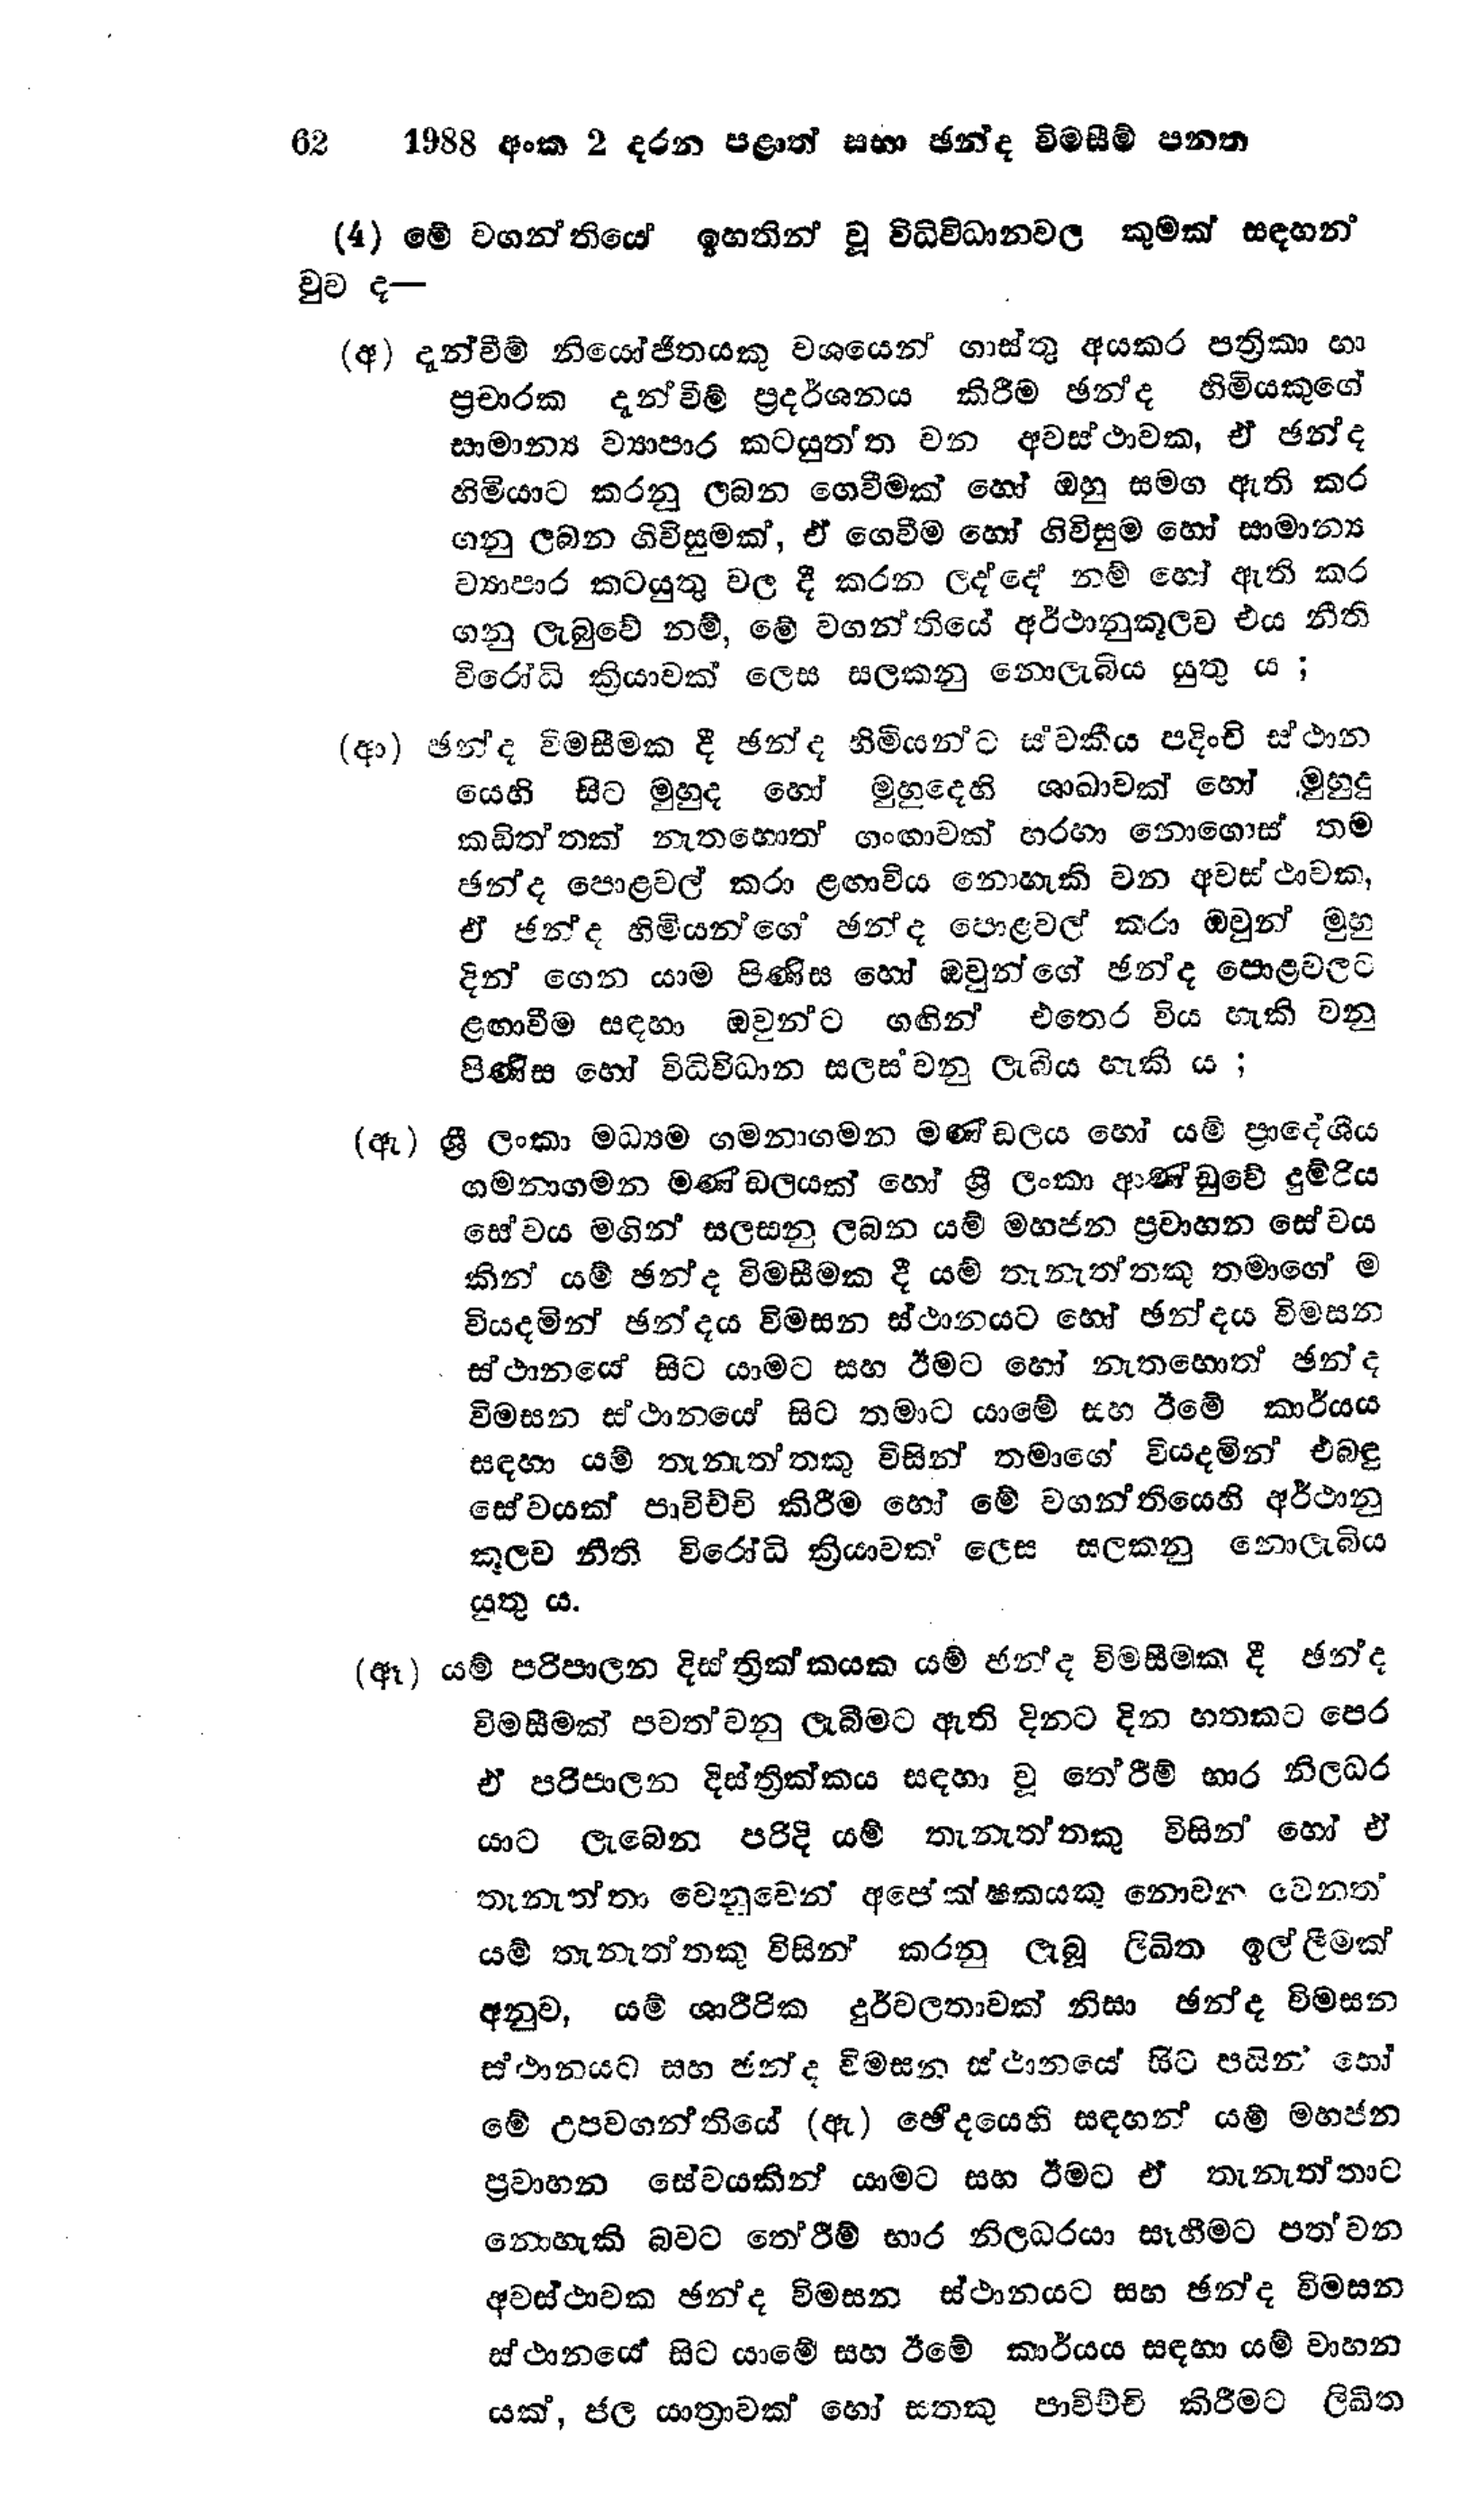
62 1988 අංක 2 දරන පළාත් සභා ඡන්ද විමසීම් පනත

(4) මේ වගන්තියෙ ඉහතින් වූ විධිවිධානවල කුමක් සඳහන්
වුව ද—

(අ) දැන්වීම් නියෝජිතයකු වශයෙන් ගාස්තු අයකර පත්‍රිකා හා
ප්‍රචාරක දැන්වීම් ප්‍රදර්ශනය කිරීම ඡන්ද හිමියකුගේ
සාමාන්‍ය ව්‍යාපාර කටයුත්ත වන අවස්ථාවක, ඒ ඡන්ද
හිමියාට කරනු ලබන ගෙවීමක් හෝ ඔහු සමග ඇති කර
ගනු ලබන ගිවිසුමක්, ඒ ගෙවීම හෝ ගිවිසුම හෝ සාමාන්‍ය
ව්‍යාපාර කටයුතු වල දී කරන ලද්දේ නම් හෝ ඇති කර
ගනු ලැබුවේ නම්, මේ වගන්තියේ අර්ථානුකූලව එය නීති
විරෝධි ක්‍රියාවක් ලෙස සලකනු නොලැබිය යුතු ය;

(ආ) ඡන්ද විමසීමක දී ඡන්ද හිමියන්ට ස්වකීය පදිංචි ස්ථාන
යෙහි සිට මුහුද හෝ මුහුදෙහි ශාඛාවක් හෝ මුහුදු
කඩිත්තක් නැතහොත් ගංඟාවක් හරහා නොගොස් තම
ඡන්ද පොළවල් කරා ළඟා විය නොහැකි වන අවස්ථාවක,
ඒ ඡන්ද හිමියන්ගේ ඡන්ද පොළවල් කරා ඔවුන් මුහු
දින් ගෙන යාම පිණිස හෝ ඔවුන්ගේ ඡන්ද පොළවලට
ළඟාවීම සඳහා ඔවුන්ට ගඟින් එතෙර විය හැකි වනු
පිණිස හෝ විධිවිධාන සලස්වනු ලැබිය හැකි ය;

(ඇ) ශ්‍රී ලංකා මධ්‍යම ගමනාගමන මණ්ඩලය හෝ යම් ප්‍රාදේශීය
ගමනාගමන මණ්ඩලයක් හෝ ශ්‍රී ලංකා ආණ්ඩුවේ දුම්රිය
සේවය මගින් සලසනු ලබන යම් මහජන ප්‍රවාහන සේවය
කින් යම් ඡන්ද විමසීමක දී යම් තැනැත්තකු තමාගේ ම
වියදමින් ඡන්දය විමසන ස්ථානයට හෝ ඡන්දය විමසන
ස්ථානයේ සිට යාමට සහ ඊමට හෝ නැතහොත් ඡන්ද
විමසන ස්ථානයේ සිට තමාට යාමේ සහ ඊමේ කාර්යය
සඳහා යම් තැනැත්තකු විසින් තමාගේ වියදමින් එබඳු
සේවයක් පාවිච්චි කිරීම හෝ මේ වගන්තියෙහි අර්ථානු
කූලව නීති විරෝධි ක්‍රියාවක ලෙස සලකනු නොලැබිය
යුතු ය.

(ඈ) යම් පරිපාලන දිස්ත්‍රික්කයක යම් ඡන්ද විමසීමක දී ඡන්ද
විමසීමක් පවත්වනු ලැබීමට ඇති දිනට දින හතකට පෙර
ඒ පරිපාලන දිස්ත්‍රික්කය සඳහා වූ තේරීම් භාර නිලධර
යාට ලැබෙන පරිදි යම් තැනැත්තකු විසින් හෝ ඒ
තැනැත්තා වෙනුවෙන් අපේක්ෂකයකු නොවන වෙනත්
යම් තැනැත්තකු විසින් කරනු ලැබූ ලිඛිත ඉල්ලීමක්
අනුව, යම් ශාරීරික දුර්වලතාවක් නිසා ඡන්ද විමසන
ස්ථානයට සහ ඡන්ද විමසන ස්ථානයේ සිට පයින් හෝ
මේ උපවගන්තියේ (ඇ) ඡේදයෙහි සඳහන් යම් මහජන
ප්‍රවාහන සේවයකින් යාමට සහ ඊමට ඒ තැනැත්තාට
නොහැකි බවට තේරීම් භාර නිලධරයා සෑහීමට පත් වන
අවස්ථාවක ඡන්ද විමසන ස්ථානයට සහ ඡන්ද විමසන
ස්ථානයේ සිට යාමේ සහ ඊමේ කාර්යය සඳහා යම් වාහන
යක්, ජල යාත්‍රාවක් හෝ සතකු පාවිච්චි කිරීමට ලිඛිත